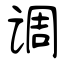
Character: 调